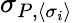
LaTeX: \sigma_{P,\langle\sigma_{i}\rangle}